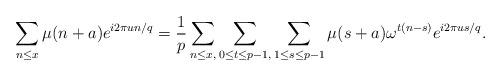
LaTeX: \begin{align*} \sum_{ n \leq x} \mu(n+a)e^{i 2 \pi u n /q}=\frac{ 1}{p} \sum_{ n \leq x,} \sum_{0 \leq t\leq p-1,} \sum_{1 \leq s\leq p-1}\mu(s+a) \omega^{t(n-s)}e^{i2\pi u s/q} .\end{align*}